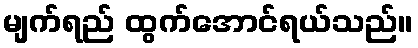
မျက်ရည် ထွက်အောင်ရယ်သည်။